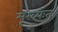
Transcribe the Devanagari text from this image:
मूख्यःत